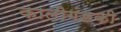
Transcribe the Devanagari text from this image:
कालीगंडकी